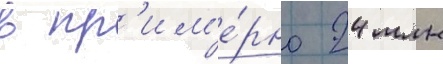
в пр'им'е́рно 24 млн